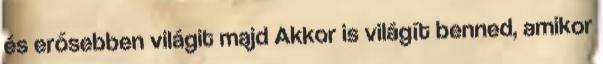
és erősebben világit majd Akkor is világít benned, amikor